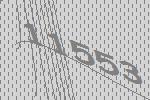
11553